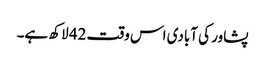
پشاور کی آبادی اس وقت 42 لاکھ ہے۔